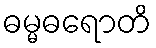
ဓမ္မဓရောတိ